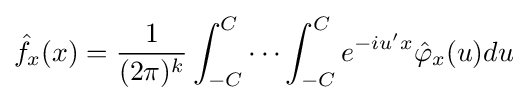
{\hat {f}}_{x}(x)={\frac {1}{(2\pi )^{k}}}\int _{-C}^{C}\cdots \int _{-C}^{C}e^{-iu'x}{\hat {\varphi }}_{x}(u)du